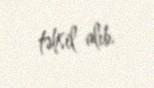
təhsil alıb.